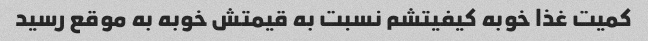
کمیت غذا خوبه کیفیتشم نسبت به قیمتش خوبه به موقع رسید